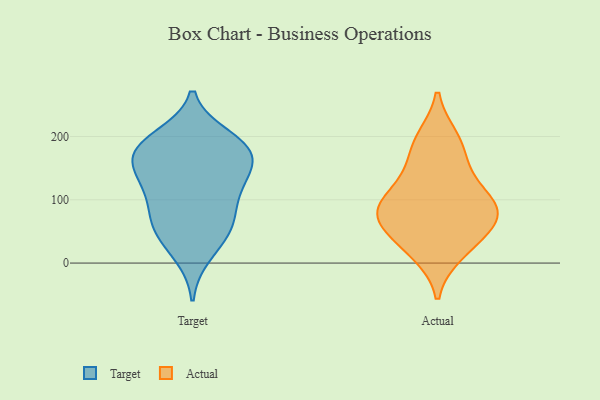
{"axis": {"x": "LTV (USD)", "y": "Value"}, "legend": ["Actual", "Target"], "data": [{"x": "", "y": 77, "type": "Target"}, {"x": "", "y": 189, "type": "Target"}, {"x": "", "y": 14, "type": "Target"}, {"x": "", "y": 198, "type": "Target"}, {"x": "", "y": 180, "type": "Target"}, {"x": "", "y": 130, "type": "Target"}, {"x": "", "y": 112, "type": "Target"}, {"x": "", "y": 147, "type": "Target"}, {"x": "", "y": 162, "type": "Target"}, {"x": "", "y": 119, "type": "Target"}, {"x": "", "y": 177, "type": "Target"}, {"x": "", "y": 45, "type": "Target"}, {"x": "", "y": 58, "type": "Target"}, {"x": "", "y": 176, "type": "Target"}, {"x": "", "y": 63, "type": "Target"}, {"x": "", "y": 197, "type": "Actual"}, {"x": "", "y": 25, "type": "Actual"}, {"x": "", "y": 59, "type": "Actual"}, {"x": "", "y": 97, "type": "Actual"}, {"x": "", "y": 53, "type": "Actual"}, {"x": "", "y": 16, "type": "Actual"}, {"x": "", "y": 133, "type": "Actual"}, {"x": "", "y": 89, "type": "Actual"}, {"x": "", "y": 78, "type": "Actual"}, {"x": "", "y": 93, "type": "Actual"}, {"x": "", "y": 190, "type": "Actual"}, {"x": "", "y": 154, "type": "Actual"}, {"x": "", "y": 80, "type": "Actual"}]}